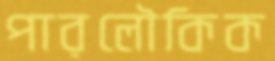
পারলৌকিক